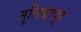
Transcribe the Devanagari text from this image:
मूतिजापूर